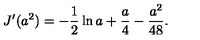
J ^ { \prime } ( a ^ { 2 } ) = - { \frac { 1 } { 2 } } \ln a + { \frac { a } { 4 } } - { \frac { a ^ { 2 } } { 4 8 } } .